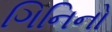
ગિનિનો